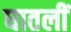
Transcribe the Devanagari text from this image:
घातलीं